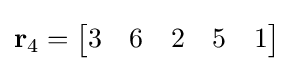
\mathbf {r} _{4}={\begin{bmatrix}3&6&2&5&1\end{bmatrix}}